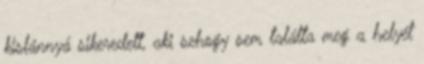
kislánnyá sikeredett, aki sehogy sem találta meg a helyét